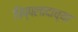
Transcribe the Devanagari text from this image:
पिप्पलादाच्या